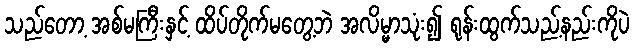
သည်တော့ အစ်မကြီးနှင့် ထိပ်တိုက်မတွေ့ဘဲ အလိမ္မာသုံး၍ ရုန်းထွက်သည့်နည်းကိုပဲ